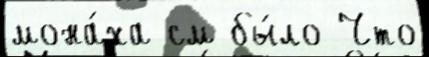
мона́ха см бы́ло Что